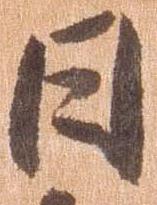
日